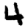
Digit: 4